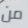
من